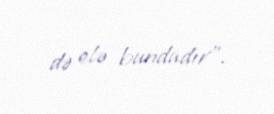
də elə bundadır”.